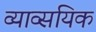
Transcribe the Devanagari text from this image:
व्याव्सयिक